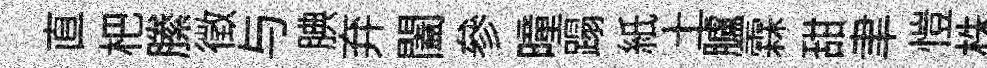
直杷縢徴与腆弃闔參曈蹋紙土臚霖甜聿愷株